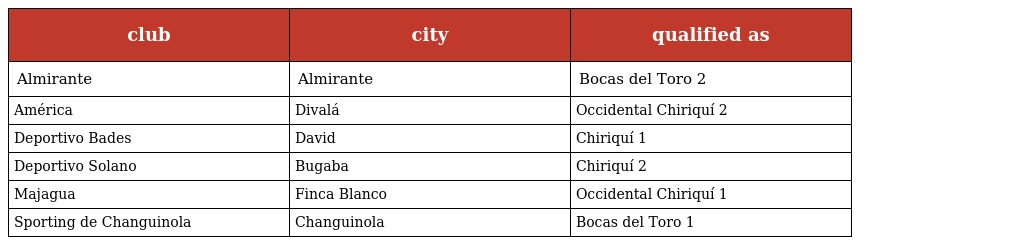
| club | city | qualified as |
 | --- | --- | --- |
 | Almirante | Almirante | Bocas del Toro 2 |
 | América | Divalá | Occidental Chiriquí 2 |
 | Deportivo Bades | David | Chiriquí 1 |
 | Deportivo Solano | Bugaba | Chiriquí 2 |
 | Majagua | Finca Blanco | Occidental Chiriquí 1 |
 | Sporting de Changuinola | Changuinola | Bocas del Toro 1 |